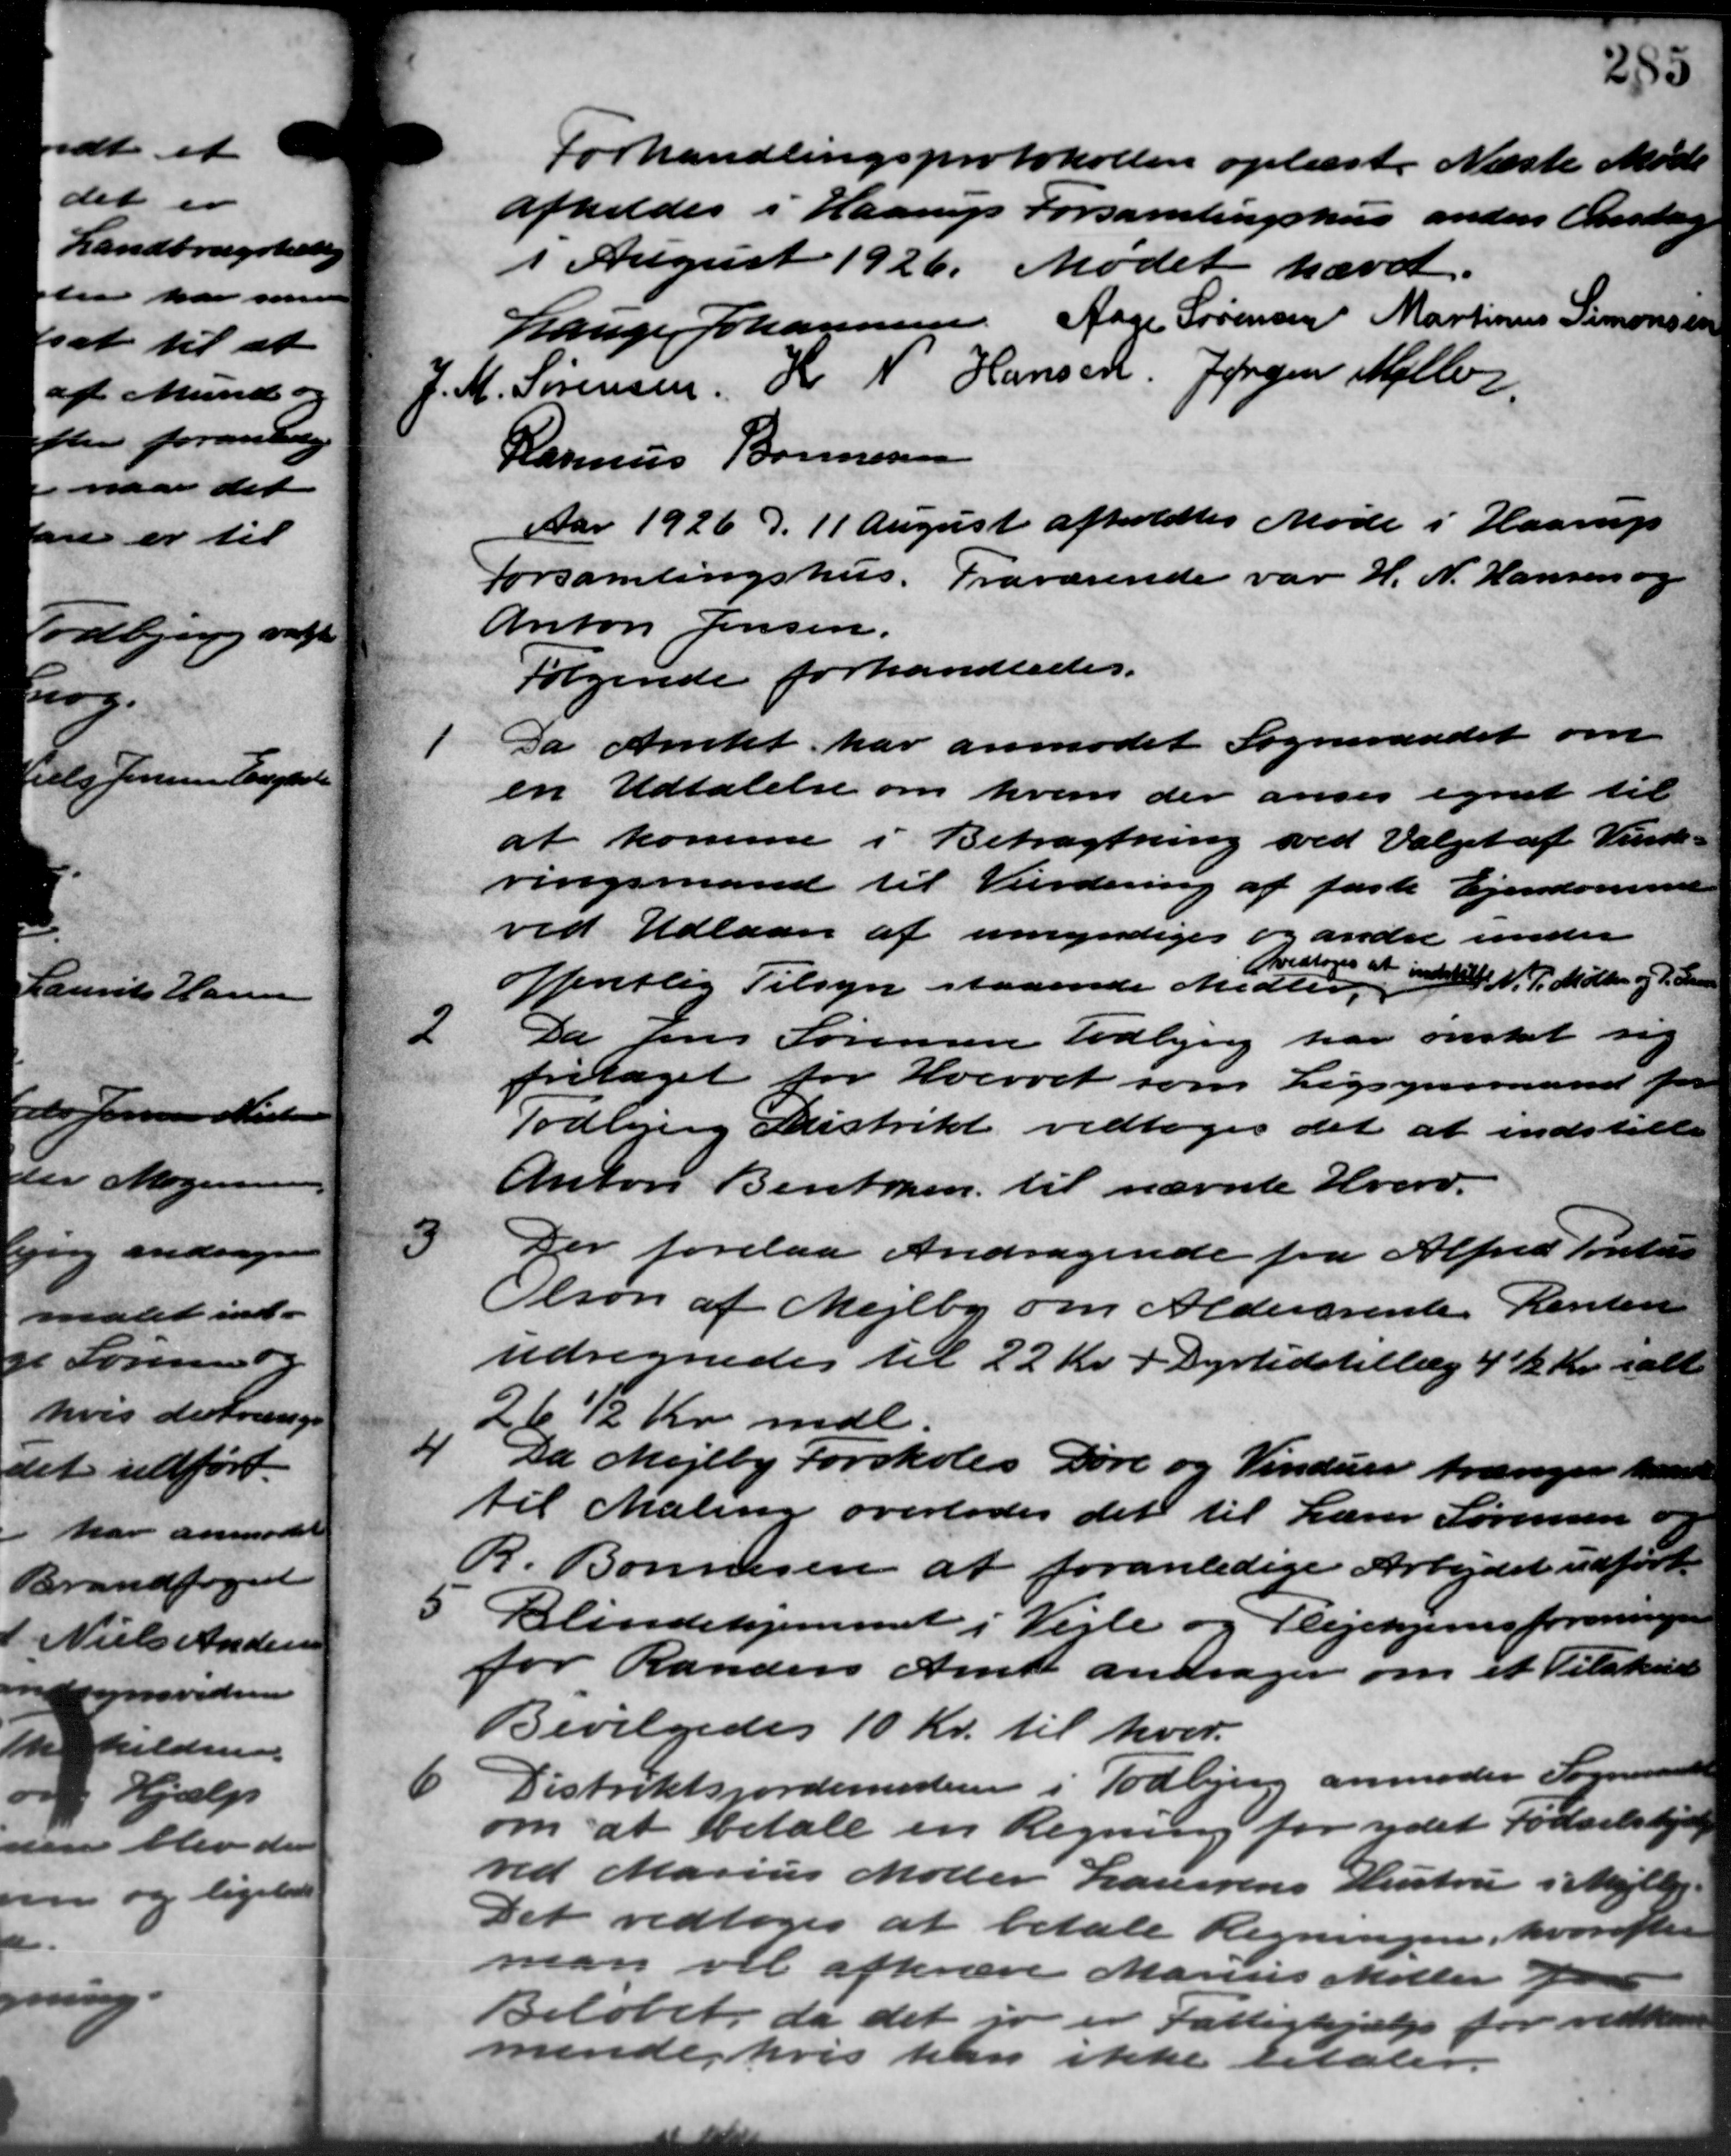
Transskription:
Forhandlingsprotokollen oplæst. Næste Møde
afholdes i Haarup Forsamlingshus anden Onsdag
I August 1926. Mødet hævet.
Lauge Johannesen Aage Sørensen Martinus Simonsen
J. M. Sørensen Hr N Hansen Jørgen Møller
Rasmus Bonnesen
Aar 1926 d. 11 August afholdtes Møde i Haarup
Forsamlingshus. Fraværende var H. N. Hansen og
Anton Jensen.
Følgende forhandledes.
1
Da Amtet har anmodet Sogneraadet om
en Udtalelse om hvem der anses egnet til
at komme i Betragtning ved Valget af Vurde –
ringsmand til Vurdering af faste Ejendomme
ved Udlaan af umyndiges og andre under
vedtoges at indstil N. P. Møller og P. Land
offentlig Tilsyn staaende Midler
2
Da Jens Sørensen Todbjerg har ønsket sig
fritaget for Hvervet som Ligsynsmand for
Todbjerg Distrikt vedtoges det at indstille
Anton Bentzen til nævnte Hverv.
9
Der forelaa Andragende fra Alfred Poulsen
Olson af Mejlby om Aldersrente Renten
udregnedes til 22 Kr. + Dyrtidstillæg 4½ Kr. ialt
26½ Kr. mdl.
4
Da Mejlby Forskoles Døre og Vinduer trænger Maane
til Maling overlodes det til Lærer Sørensen og
R. Bonnesen at foranledige Arbejdet udført
5 Blindehjemmet i Vejle og Plejehjemsforeningen
5 Blindehjemmet i Vejle og Plejehjemsforeningen
for Randers Amt andrager om et Tilskud
Bevilgedes 10 Kr. til hver.
Distriktsjordemesteren i Todbjerg anmoder Sogneraad
6
om at betale en Regning for ydet Fødselshjæl
red Marius Møller Laursens Hustru i Mejlby.
Det vedtoges at betale Regningen, hvorefter
man vil afkræve Marius Møller pa
Beløbet, da det jo er Fattighjælp for vedtoges
mende, hvis han ikke betaler.